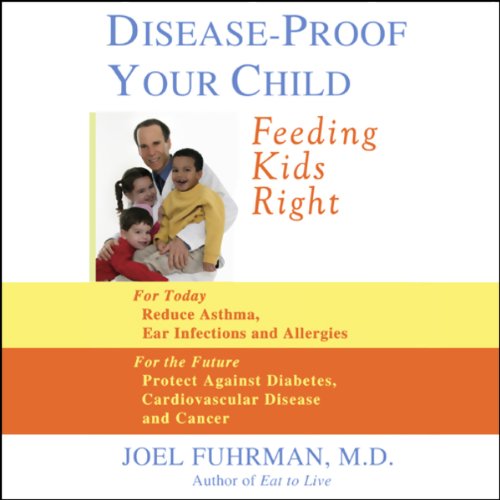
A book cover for Disease-Proof Your Child: Feeding Kids Right; Joel Fuhrman; Health, Fitness & Dieting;